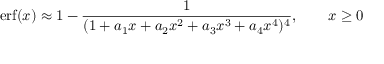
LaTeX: \operatorname { e r f } ( x ) \approx 1 - { \frac { 1 } { ( 1 + a _ { 1 } x + a _ { 2 } x ^ { 2 } + a _ { 3 } x ^ { 3 } + a _ { 4 } x ^ { 4 } ) ^ { 4 } } } , \qquad x \geq 0